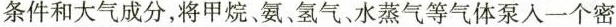
条件和大气成分，将甲烷、氨、氢气、水蒸气等气体泵入一个密